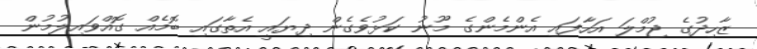
ޒާހިދުގެ ޖުމްލަ އަހާފައި އެންމެންގެ މޫނު ކަޅުވެގެން ދިޔައީ އެތާގައި ބޮމެއް ގޮއްވައިލުމުން